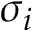
\sigma _ { i }